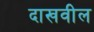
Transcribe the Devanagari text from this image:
दाखवील